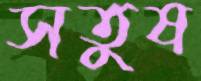
সতুষ